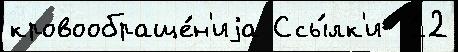
кровообраще́н'иjа Ссы́лк'и  12